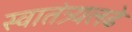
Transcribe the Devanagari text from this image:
स्वातंत्र्यलढे